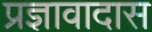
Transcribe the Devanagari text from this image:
प्रज्ञावादास